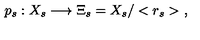
p _ { s } : X _ { s } \longrightarrow \Xi _ { s } = X _ { s } / < r _ { s } > \ ,